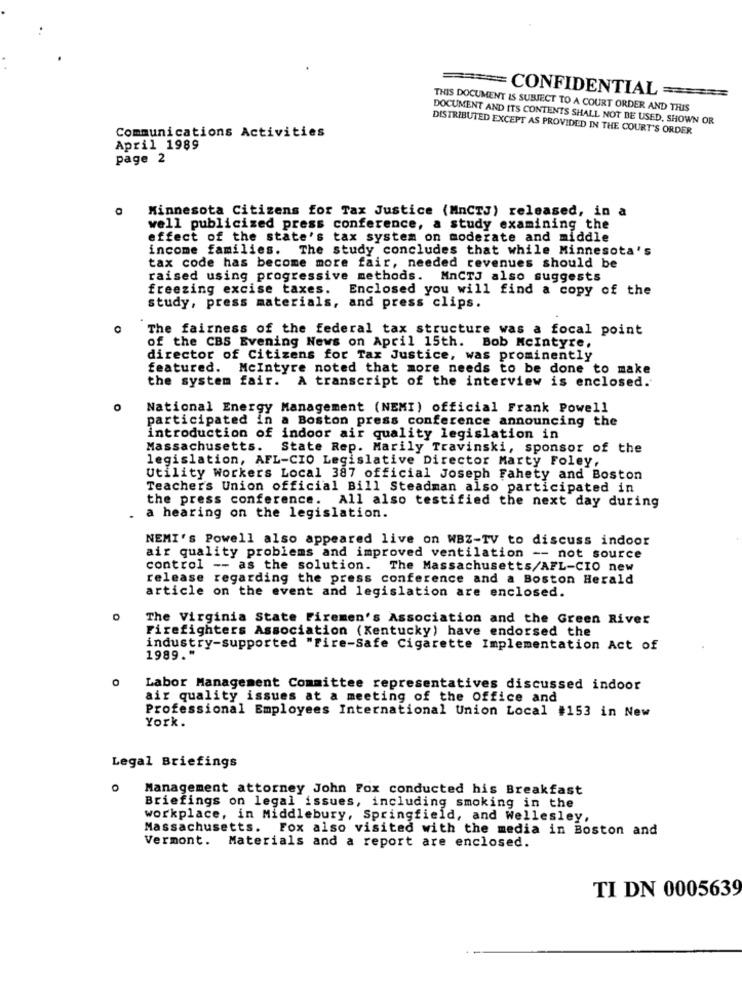
== CONFIDENTIAL ==
THIS DOCUMENT IS SUBJECT TO A COURT ORDER AND THIS
DOCUMENT AND ITS CONTENTS SHALL NOT BE USED, SHOWN OR
Communications Activities
DISTRIBUTED EXCEPT AS PROVIDED IN THE COURT'S ORDER
April 1989
page 2
Minnesota Citizens for Tax Justice (MnCTJ) released, in a
well publicized press conference, a study examining the
effect of the state's tax system on moderate and middle
income families. The study concludes that while Minnesota's
tax code has become more fair, needed revenues should be
raised using progressive methods. MnCTJ also suggests
freezing excise taxes. Enclosed you will find a copy of the
study, press materials, and press clips.
The fairness of the federal tax structure was a focal point
of the CBS Evening News on April 15th. Bob Mcintyre,
director of Citizens for Tax Justice, was prominently
featured. Mcintyre noted that more needs to be done to make
the system fair. A transcript of the interview is enclosed.
O
National Energy Management (NEMI) official Frank Powell
participated in a Boston press conference announcing the
introduction of indoor air quality legislation in
Massachusetts.
State Rep. Marily Travinski, sponsor of the
legislation, AFL-CIO Legislative Director Marty Foley,
Utility Workers Local 387 official Joseph Fahety and Boston
Teacher's Union official Bill Steadman also participated in
the press conference. All also testified the next day during
a hearing on the legislation.
NEMI's Powell also appeared live on WBZ-TV to discuss indoor
air quality problems and improved ventilation -- not source
control -- as the solution.
The Massachusetts/AFL-CIO new
release regarding the press conference and a Boston Herald
article on the event and legislation are enclosed.
The Virginia State Firemen's Association and the Green River
Firefighters Association (Kentucky) have endorsed the
industry-supported "Fire-Safe Cigarette Implementation Act of
1989."
Labor Management Committee representatives discussed indoor
air quality issues at a meeting of the Office and
Professional Employees International Union Local #153 in New
York.
Legal Briefings
Management attorney John Fox conducted his Breakfast
Briefings on legal issues, including smoking in the
workplace, in Middlebury, Springfield, and Wellesley,
Massachusetts. Fox also visited with the media in Boston and
Vermont. Materials and a report are enclosed.
TI DN 0005639